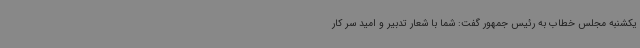
یکشنبه مجلس خطاب به رئیس جمهور گفت: شما با شعار تدبیر و امید سر کار